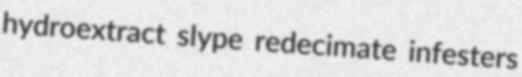
hydroextract slype redecimate infesters